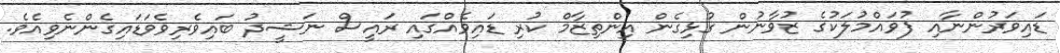
ޑައިވަރުންނާއި ފުވައްމުލަކުގެ ޒުވާނުން ގުޅިގެން އިންތިޒާމް ކުރި ޑައިވެއްގައި ރައީސް ނަޝީދު ބައިވެރިވެވަޑައިގެންނެވިއެވެ.